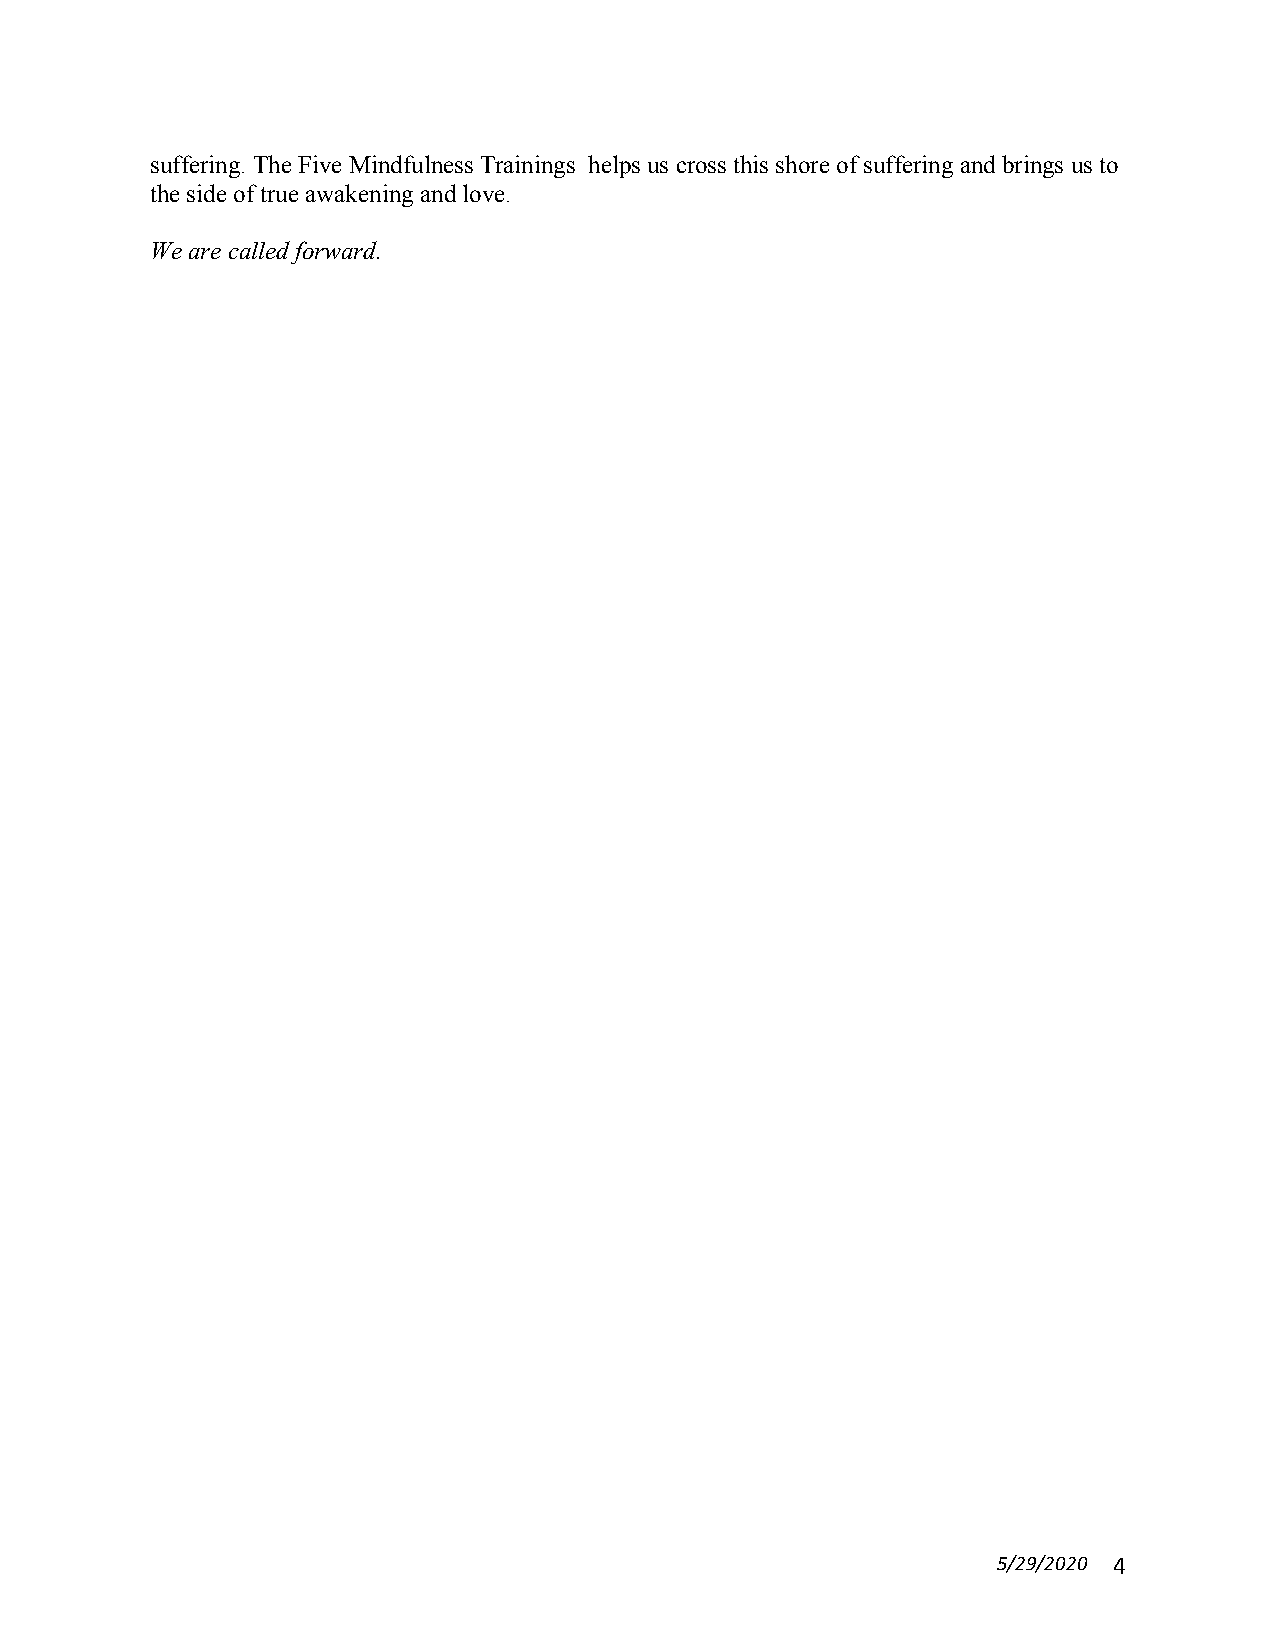
suffering. The Five Mindfulness Trainings helps us cross this shore of suffering and brings us to
 the side of true awakening and love.
 We are called forward.
 5/29/2020 4